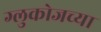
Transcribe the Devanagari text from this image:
ग्लुकोजच्या